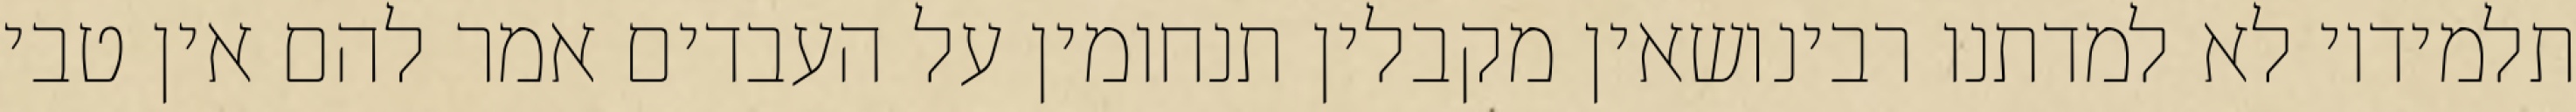
תלמידיו לא למדתנו רבינושאין מקבלין תנחומין על העבדים אמר להם אין טבי